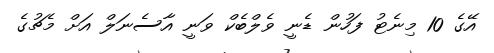
އޭގެ 10 މިނެޓު ފަހުން ޑެނީ ވެލްބެކް ވަނީ އާސެނަލް އަށް މެޗުގެ